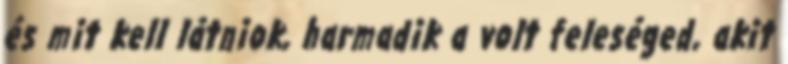
és mit kell látniok, harmadik a volt feleséged, akit